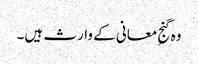
وہ گنجِ معانی کے وارث ہیں۔